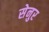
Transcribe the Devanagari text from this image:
सेनुर